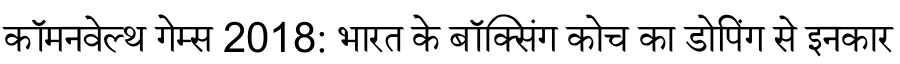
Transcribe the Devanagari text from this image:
कॉमनवेल्थ गेम्स 2018: भारत के बॉक्सिंग कोच का डोपिंग से इनकार